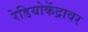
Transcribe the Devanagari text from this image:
रेडियोकेंद्रावर